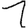
Digit: 1